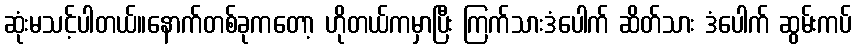
ဆုံးမသင့်ပါတယ်။နောက်တစ်ခုကတော့ ဟိုတယ်ကမှာပြီး ကြက်သားဒံပေါက် ဆိတ်သား ဒံပေါက် ဆွမ်းကပ်